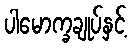
ပါမောက္ခချုပ်နှင့်